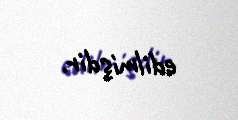
edilmişdir.